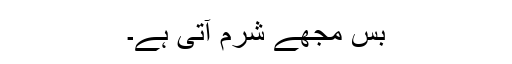
بس مجھے شرم آتی ہے۔